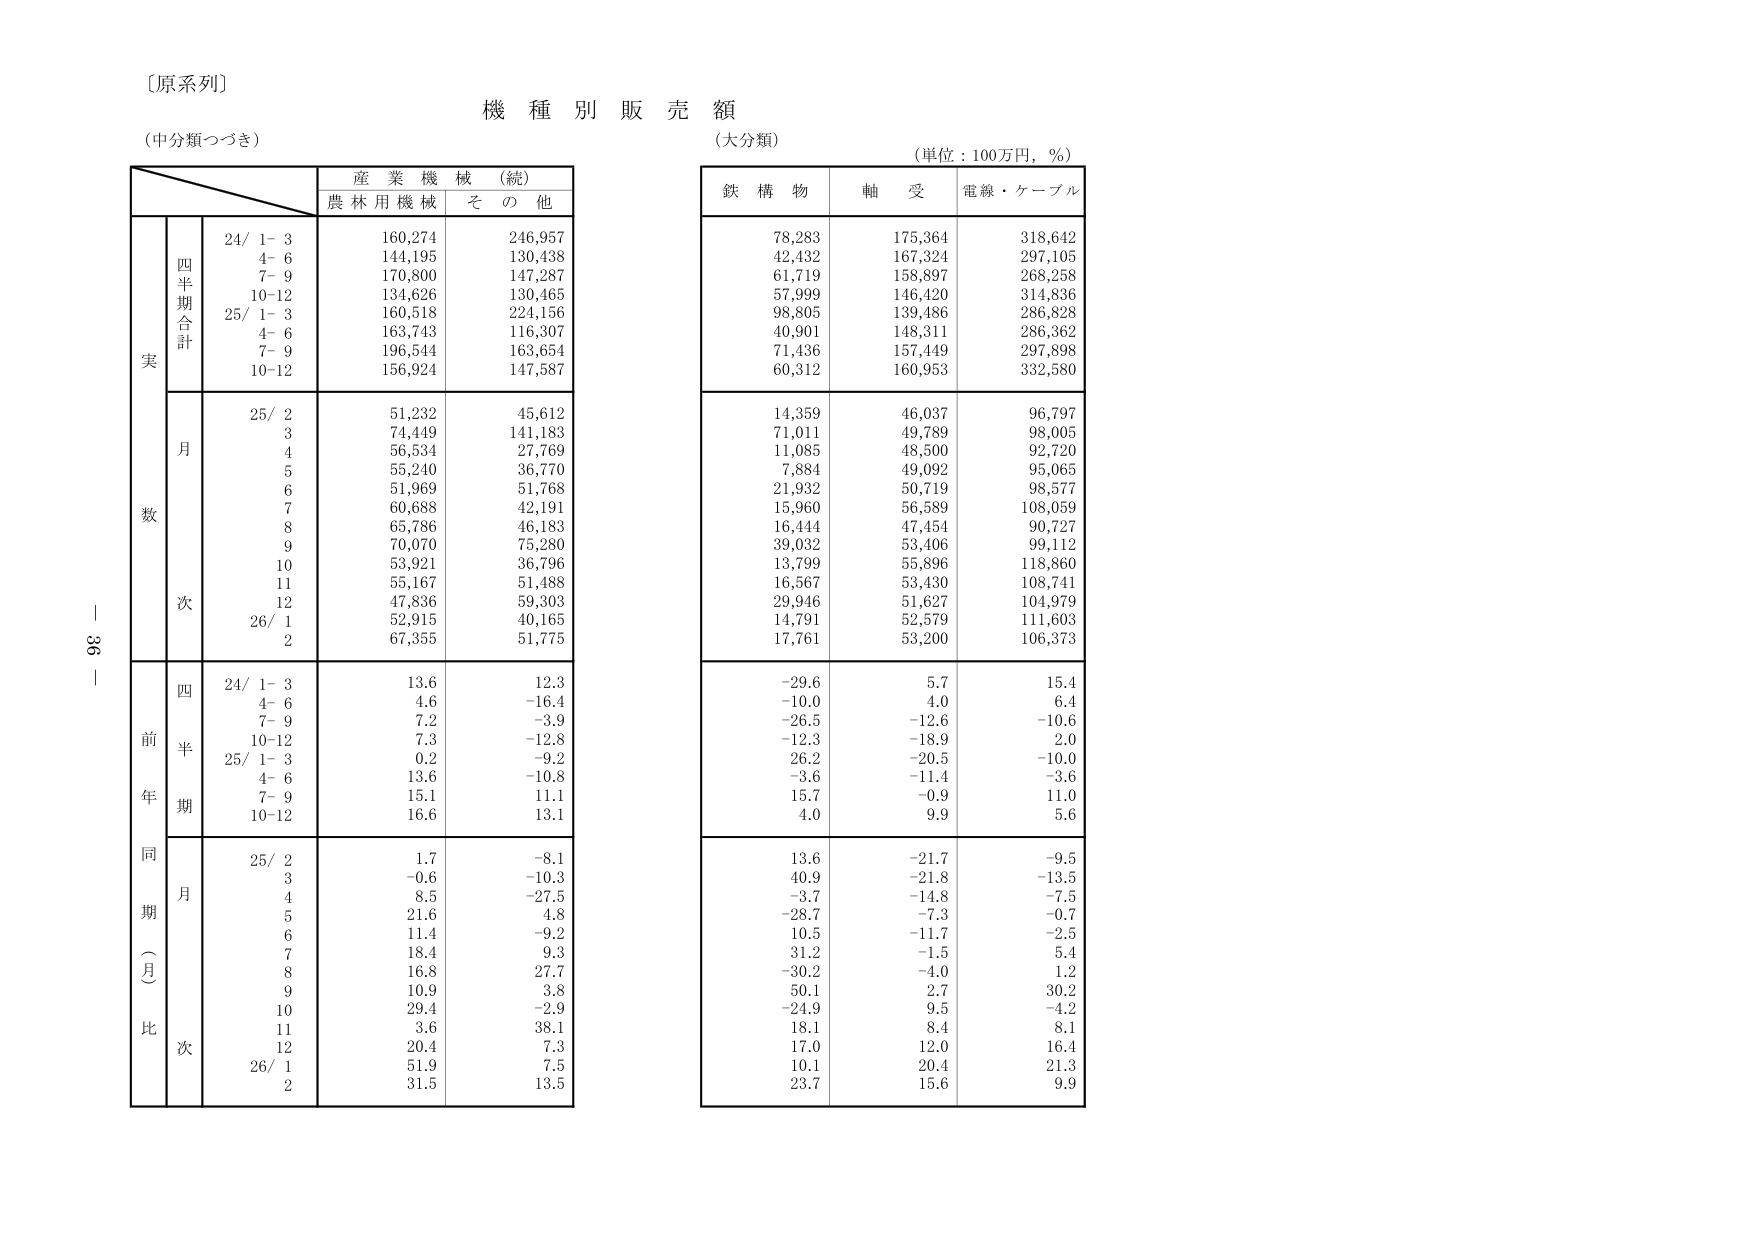
〔原系列〕
機 種 別 販 売 額
（中分類つづき）
（大分類）
（単位：100万円，％）

産 業 機 械 （続）
農 林 用 機 械　　そ の 他

鉄 構 物　　軸 受　　電線・ケーブル

実
数
前
年
同
期
（
月
）
比

四
半
期
合
計

24/ 1- 3　　160,274　　246,957
　　4- 6　　144,195　　130,438
　　7- 9　　170,800　　147,287
　　10-12　　134,626　　130,465
25/ 1- 3　　160,518　　224,156
　　4- 6　　163,743　　116,307
　　7- 9　　196,544　　163,654
　　10-12　　156,924　　147,587

月
次

25/ 2　　51,232　　45,612
　　3　　74,449　　141,183
　　4　　56,534　　27,769
　　5　　55,240　　36,770
　　6　　51,969　　51,768
　　7　　60,688　　42,191
　　8　　65,786　　46,183
　　9　　70,070　　75,280
　　10　　53,921　　36,796
　　11　　55,167　　51,488
　　12　　47,836　　59,303
26/ 1　　52,915　　40,165
　　2　　67,355　　51,775

四
半
期

24/ 1- 3　　13.6　　12.3
　　4- 6　　4.6　　-16.4
　　7- 9　　7.2　　-3.9
　　10-12　　7.3　　-12.8
25/ 1- 3　　0.2　　-9.2
　　4- 6　　13.6　　-10.8
　　7- 9　　15.1　　11.1
　　10-12　　16.6　　13.1

月
次

25/ 2　　1.7　　-8.1
　　3　　-0.6　　-10.3
　　4　　8.5　　-27.5
　　5　　21.6　　4.8
　　6　　11.4　　-9.2
　　7　　18.4　　9.3
　　8　　16.8　　27.7
　　9　　10.9　　3.8
　　10　　29.4　　-2.9
　　11　　3.6　　38.1
　　12　　20.4　　7.3
26/ 1　　51.9　　7.5
　　2　　31.5　　13.5

78,283　　175,364　　318,642
42,432　　167,324　　297,105
61,719　　158,897　　268,258
57,999　　146,420　　314,836
98,805　　139,486　　286,828
40,901　　148,311　　286,362
71,436　　157,449　　297,898
60,312　　160,953　　332,580

14,359　　46,037　　96,797
71,011　　49,789　　98,005
11,085　　48,500　　92,720
7,884　　49,092　　95,065
21,932　　50,719　　98,577
15,960　　56,589　　108,059
16,444　　47,454　　90,727
39,032　　53,406　　99,112
13,799　　55,896　　118,860
16,567　　53,430　　108,741
29,946　　51,627　　104,979
14,791　　52,579　　111,603
17,761　　53,200　　106,373

-29.6　　5.7　　15.4
-10.0　　4.0　　6.4
-26.5　　-12.6　　-10.6
-12.3　　-18.9　　2.0
26.2　　-20.5　　-10.0
-3.6　　-11.4　　-3.6
15.7　　-0.9　　11.0
4.0　　9.9　　5.6

13.6　　-21.7　　-9.5
40.9　　-21.8　　-13.5
-3.7　　-14.8　　-7.5
-28.7　　-7.3　　-0.7
10.5　　-11.7　　-2.5
31.2　　-1.5　　5.4
-30.2　　-4.0　　1.2
50.1　　2.7　　30.2
-24.9　　9.5　　-4.2
18.1　　8.4　　8.1
17.0　　12.0　　16.4
10.1　　20.4　　21.3
23.7　　15.6　　9.9

－ 36 －